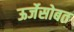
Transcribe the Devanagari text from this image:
ऊर्जेसोबत